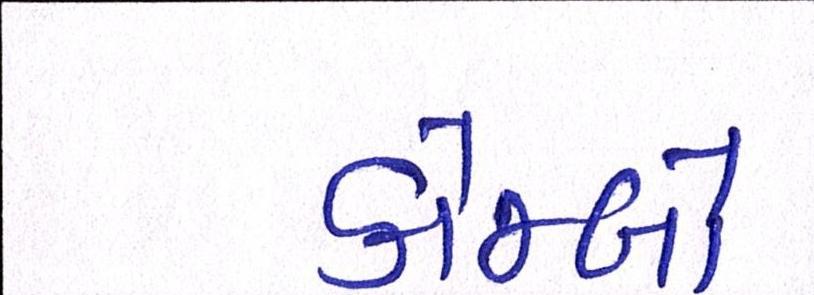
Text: કોમ્બો